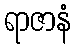
ရာဇာနံ